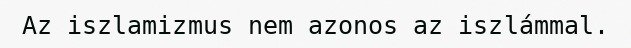
Az iszlamizmus nem azonos az iszlámmal.